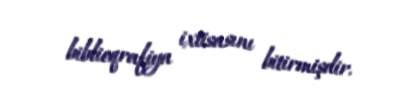
biblioqrafiya ixtisasını bitirmişdir.